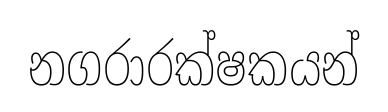
නගරාරක්ෂකයන්